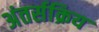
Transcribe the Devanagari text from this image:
अंतर्सक्रिय